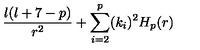
{ \frac { \l ( \l + 7 - p ) } { r ^ { 2 } } } + \sum _ { i = 2 } ^ { p } ( k _ { i } ) ^ { 2 } H _ { p } ( r )